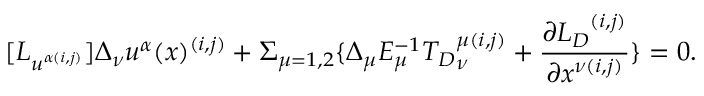
[ { L } _ { u ^ { \alpha ( i , j ) } } ] \Delta _ { \nu } u ^ { \alpha } ( x ) ^ { ( i , j ) } + \Sigma _ { \mu = 1 , 2 } \{ \Delta _ { \mu } E _ { \mu } ^ { - 1 } { { T } _ { D } } _ { \nu } ^ { \mu ( i , j ) } + \frac { \partial { { L } _ { D } } ^ { ( i , j ) } } { \partial x ^ { \nu ( i , j ) } } \} = 0 .